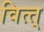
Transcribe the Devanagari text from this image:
वित्त्